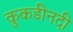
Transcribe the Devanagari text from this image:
कुकडीनदी